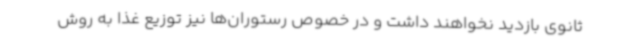
ثانوی بازدید نخواهند داشت و در خصوص رستوران‌ها نیز توزیع غذا به روش